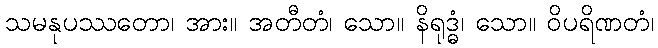
သမနုပဿတော၊ အား။ အတီတံ၊ သော။ နိရုဒ္ဓံ၊ သော။ ဝိပရိဏတံ၊